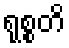
ရုစ္စတိ